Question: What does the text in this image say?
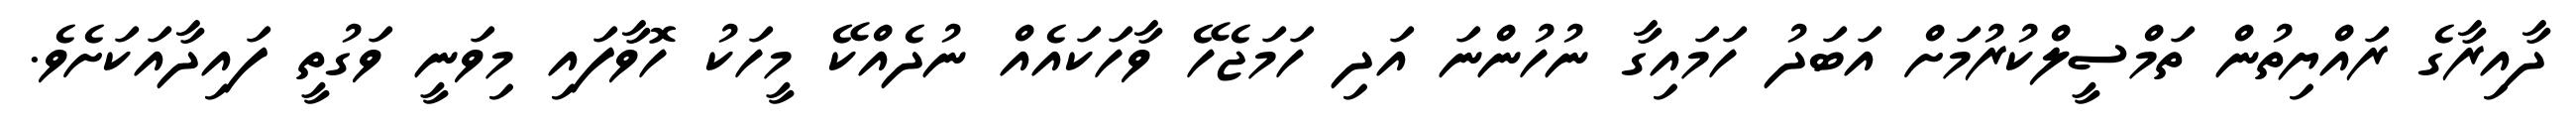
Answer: ދާއިރާގެ ރައްޔިތުން ތަމްސީލްކުރުމަށް އަބަދު ހަމައިގާ ނުހުންނަ އަދި ހަމަޖެހޭ ވާހަކައެއް ނުދެއްކޭ މީހަކު ހޮވާފައި މިވަނީ ވަގުތީ ފައިދާއަކަށެވެ.